Materia medica of Madras volume I
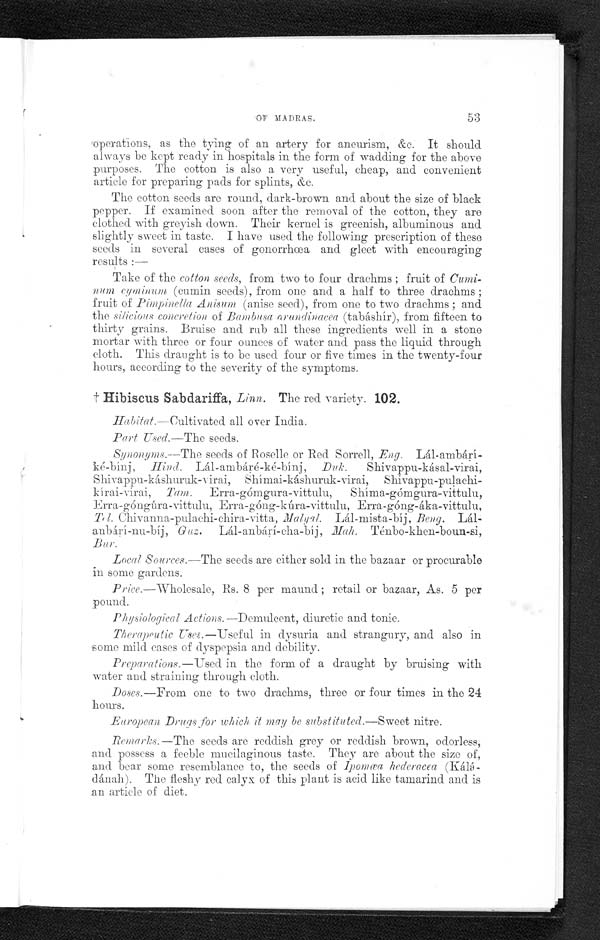
OF MADRAS.
53
operations, as the tying of an artery for aneurism, &c. It should
always be kept ready in hospitals in the form of wadding for the above
purposes. The cotton is also a very useful, cheap, and convenient
article for preparing pads for splints, &c.
The cotton seeds are round, dark-brown and about the size of black
pepper. If examined soon after the removal of the cotton, they are
clothed with greyish down. Their kernel is greenish, albuminous and
slightly sweet in taste. I have used the following prescription of these
seeds in several cases of gonorrhœa and gleet with encouraging
results :—
Take of the cotton seeds, from two to four drachms ; fruit of
C u m i - n u m c y m i u m
( c u m i n s e e d s ) , f r o m o n e a n d a h a l f t o t h r e e d r a c h m s ;
fruit of Anisum (anise seed), from one to two drachms ; and
the silicions concretion of Bambusa arundinacea (tabáshir), from fifteen to
thirty grains. Bruise and rub all these ingredients well in a stono
mortar with three or four ounces of water and pass the liquid through
cloth. This draught is to be used four or five times in the twenty-four
hours, according to the severity of the symptoms.
† Hibiscus Sabdariffa, Linn. The red variety. 102.
Habitat.—Cultivated all over India.
Part Used.—The seeds.
Synonyms.—The seeds of Roselle or Red Sorrell,E n g .
Lál-ambári
-bínj, Hind. Lál-ambáre-ké-bínj ,Duk. Shivappu-kásal-virai,
Shivappu-káshuruk-virai, Shímai-káshuruk-virai, Shivappu-pulachi-
kírai-virai, Tam. Erra-gómgura-vittulu, Shíma-gómgura-vittulu,
Erra-góngúra-vittulu, Erra-góng-kúra-vittulu, Erra-góng-áka-vittulu,
Tel. Chivanna-pulachi-Chira-vitta, Lál-mista-bíj, B eng.
Lálbárí-nu-bíj, Guz. Lá-anbárí-cha-bíj, Mah. Ténbo-khen-boun-si,
B u r
Local Sources.—The seeds are either sold in the bazaar or procurable
in some gardens.
Price.—Wholesale, Rs. 8 per maund ; retail or bazaar, As. 5 per
pound.
Phy siological Actions. —Demulcent, diuretic and tonic.
Therapeutic Uses.—Useful in dysuria and strangury, and also in
some mild eases of dyspepsia and. debility.
Preparations.—Used in the form of a draught by bruising with
water and straining through cloth.
Doses.—From one to two drachms, three or four times in the 24
hours.
European Drugs for which it may be substituted.—Sweet nitre.
Remarks.—The seeds are reddish grey or reddish brown, odorless,
and. possess a feeble mucilaginous taste. They are about the size of,
and bear some resemblance to, the seeds of Ipomœa hederacea (Kálá-
dánah). The fleshy red calyx of this plant is acid like tamarind and is
an article of diet.